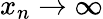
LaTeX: x_{n}\to\infty